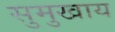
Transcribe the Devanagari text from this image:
सुमुखाय